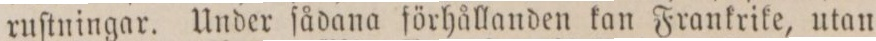
ruſtningar. Under ſådana förhållanden kan Frankrike, utan